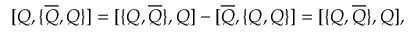
{ [ } Q , { \{ } \overline { { { Q } } } , Q { \} } { ] } = { [ } { \{ } Q , \overline { { { Q } } } { \} } , Q { ] } - { [ } \overline { { { Q } } } , { \{ } Q , Q { \} } { ] } = { [ } { \{ } Q , \overline { { { Q } } } { \} } , Q { ] } ,